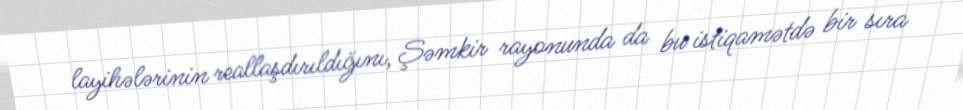
layihələrinin reallaşdırıldığını, Şəmkir rayonunda da bu istiqamətdə bir sıra